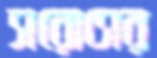
সরোসের